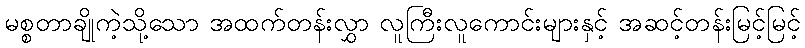
မစ္စတာချိုကဲ့သို့သော အထက်တန်းလွှာ လူကြီးလူကောင်းများနှင့် အဆင့်တန်းမြင့်မြင့်